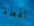
لقطة